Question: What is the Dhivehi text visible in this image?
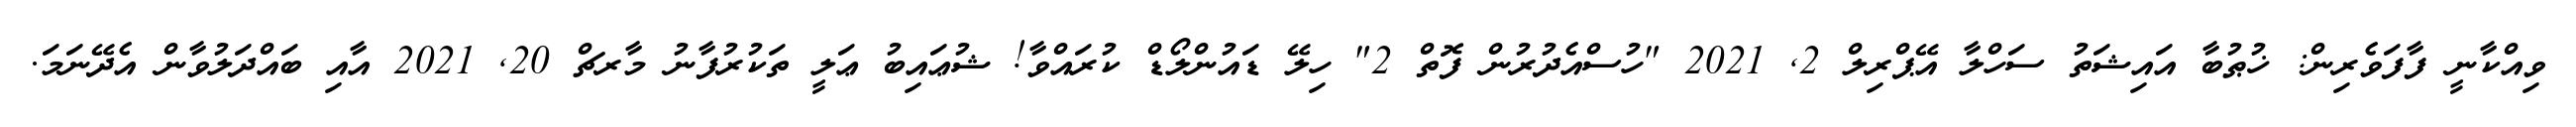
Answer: ވިއްކާނީ ފާފަވެރިން: ޚުޠުބާ އައިޝަތު ސަހްލާ އޭޕްރިލް 2, 2021 "ހުސްއެދުރުން ފޮތް 2" ހިލޭ ޑައުންލޯޑް ކުރައްވާ! ޝުޢައިބު ޢަލީ ތަކުރުފާނު މާރޗް 20, 2021 އާއި ބައްދަލުވާން އެދޭނަމަ.